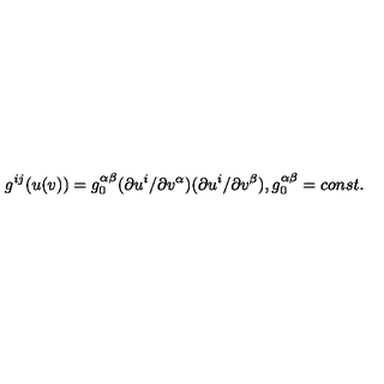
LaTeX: g ^ { i j } ( u ( v ) ) = g _ { 0 } ^ { \alpha \beta } ( \partial u ^ { i } / \partial v ^ { \alpha } ) ( \partial u ^ { i } / \partial v ^ { \beta } ) , g _ { 0 } ^ { \alpha \beta } = c o n s t .